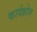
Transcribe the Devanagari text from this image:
कार्यक्रोम